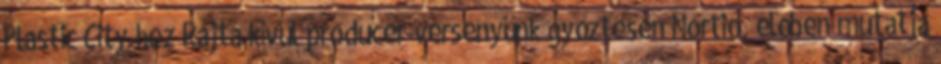
Plastic City-hez Rajta kívül producer-versenyünk győztesen Nortio, élőben mutatja